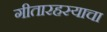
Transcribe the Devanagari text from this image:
गीतारहस्याचा